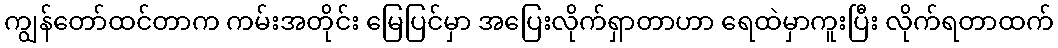
ကျွန်တော်ထင်တာက ကမ်းအတိုင်း မြေပြင်မှာ အပြေးလိုက်ရှာတာဟာ ရေထဲမှာကူးပြီး လိုက်ရတာထက်